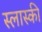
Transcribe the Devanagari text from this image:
स्लास्की